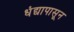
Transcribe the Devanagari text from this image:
धंद्यापासून